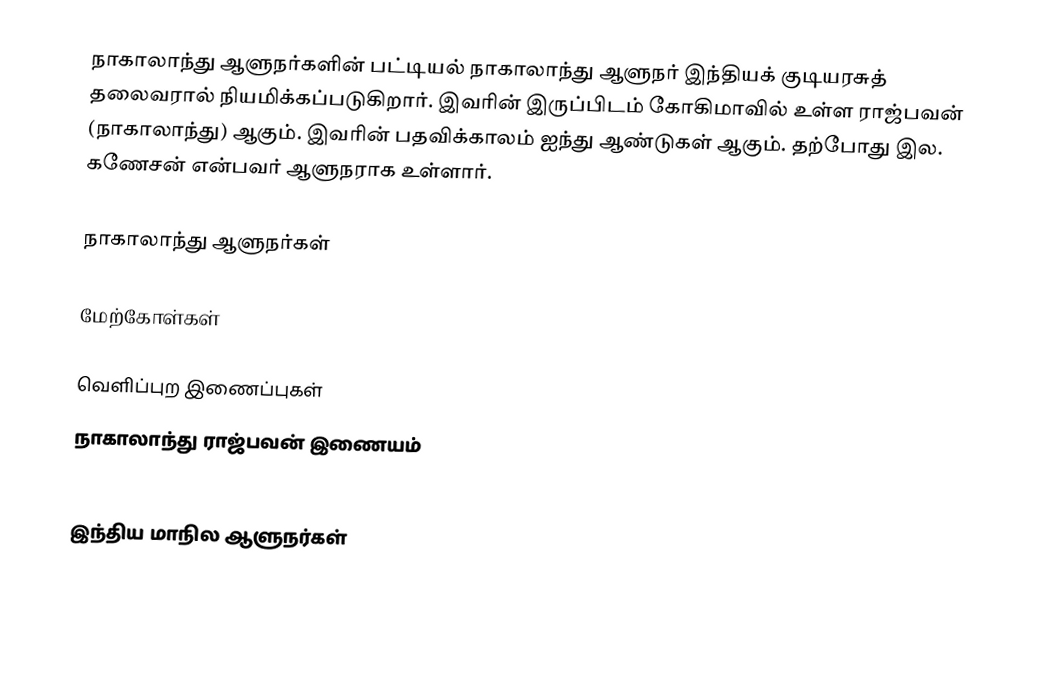
நாகாலாந்து ஆளுநர்களின் பட்டியல் நாகாலாந்து ஆளுநர் இந்தியக் குடியரசுத் தலைவரால் நியமிக்கப்படுகிறார். இவரின் இருப்பிடம் கோகிமாவில் உள்ள ராஜ்பவன் (நாகாலாந்து) ஆகும். இவரின் பதவிக்காலம் ஐந்து ஆண்டுகள் ஆகும். தற்போது இல. கணேசன் என்பவர் ஆளுநராக உள்ளார்.

நாகாலாந்து ஆளுநர்கள்

மேற்கோள்கள்

வெளிப்புற இணைப்புகள்
 நாகாலாந்து ராஜ்பவன் இணையம்

இந்திய மாநில ஆளுநர்கள்